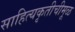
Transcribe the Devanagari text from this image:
साहित्यकृतीचीमूळ